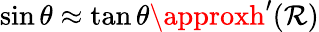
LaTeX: \sin\theta\approx\tan\theta\approxh^{\prime}(\mathcal{R})